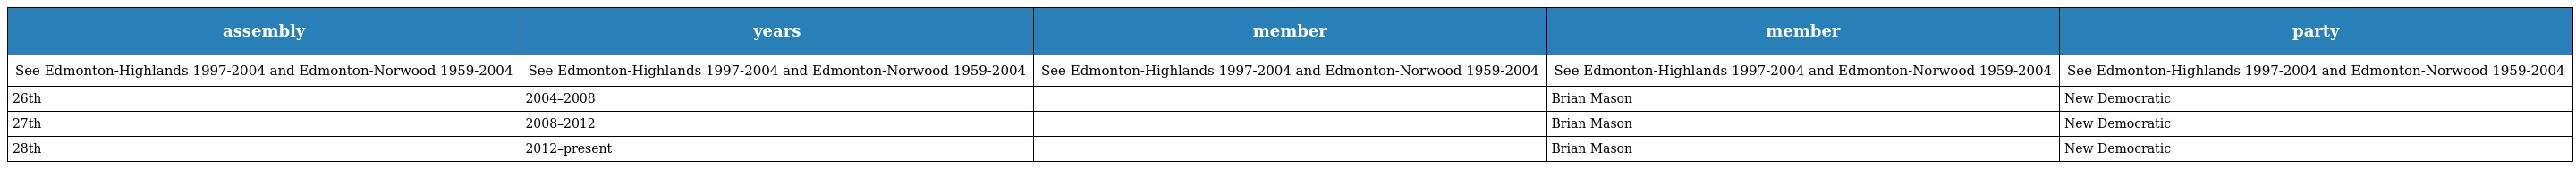
| assembly | years | member | member | party |
 | --- | --- | --- | --- | --- |
 | See Edmonton-Highlands 1997-2004 and Edmonton-Norwood 1959-2004 | See Edmonton-Highlands 1997-2004 and Edmonton-Norwood 1959-2004 | See Edmonton-Highlands 1997-2004 and Edmonton-Norwood 1959-2004 | See Edmonton-Highlands 1997-2004 and Edmonton-Norwood 1959-2004 | See Edmonton-Highlands 1997-2004 and Edmonton-Norwood 1959-2004 |
 | 26th | 2004–2008 |  | Brian Mason | New Democratic |
 | 27th | 2008–2012 |  | Brian Mason | New Democratic |
 | 28th | 2012–present |  | Brian Mason | New Democratic |